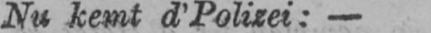
Nu kemt d’Polizei:-